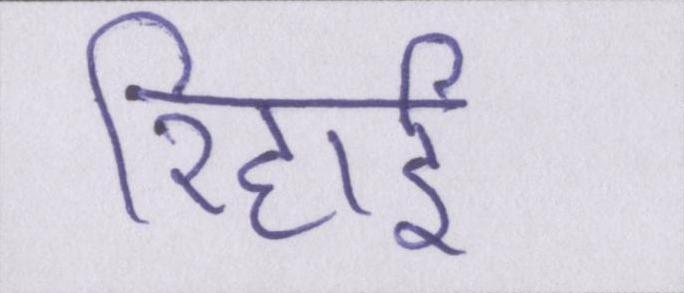
रिहाई